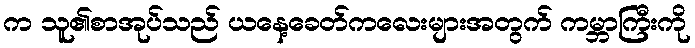
က သူ၏စာအုပ်သည် ယနေ့ခေတ်ကလေးများအတွက် ကမ္ဘာကြီးကို